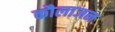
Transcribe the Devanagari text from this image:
कौलाजन